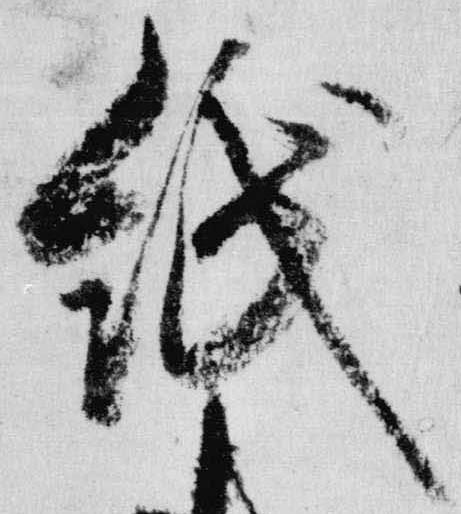
紙